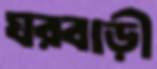
ঘরবাড়ী